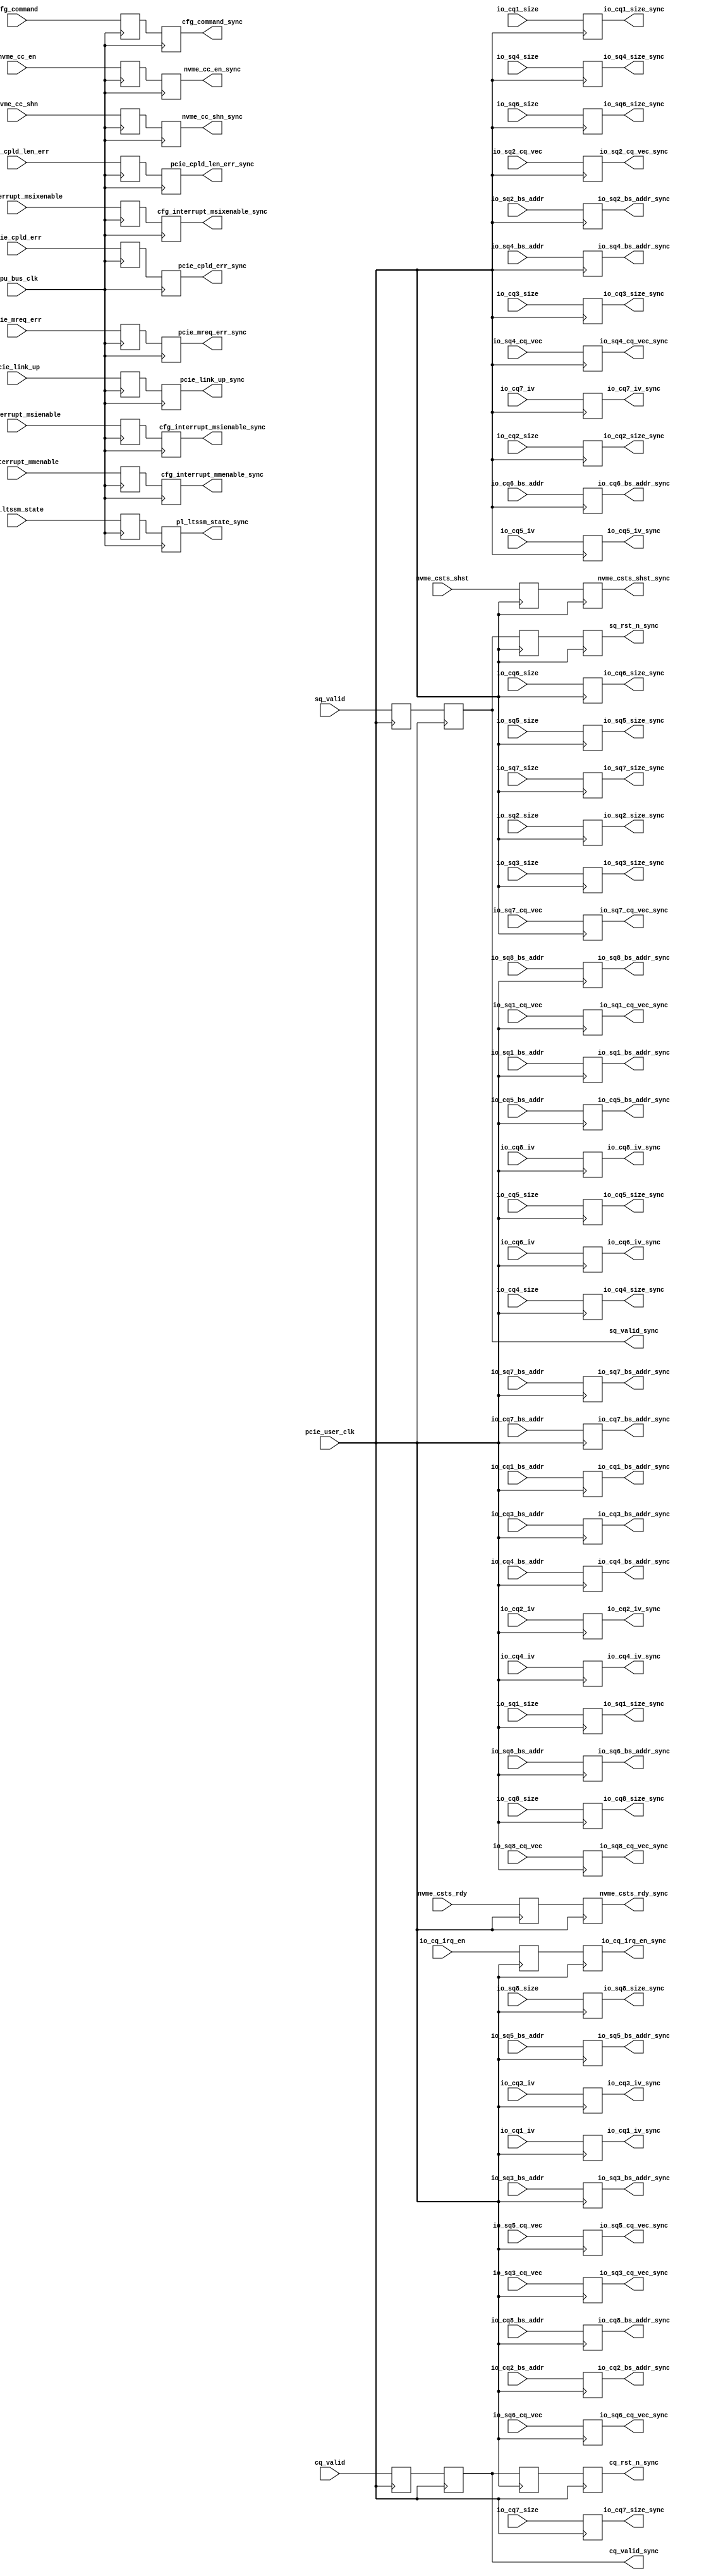

/*
----------------------------------------------------------------------------------
Copyright (c) 2013-2014

  Embedded and Network Computing Lab.
  Open SSD Project
  Hanyang University

All rights reserved.

----------------------------------------------------------------------------------

Redistribution and use in source and binary forms, with or without
modification, are permitted provided that the following conditions are
met:

  1. Redistributions of source code must retain the above copyright
     notice, this list of conditions and the following disclaimer.

  2. Redistributions in binary form must reproduce the above copyright
     notice, this list of conditions and the following disclaimer in the
     documentation and/or other materials provided with the distribution.

  3. All advertising materials mentioning features or use of this source code
     must display the following acknowledgement:
     This product includes source code developed 
     by the Embedded and Network Computing Lab. and the Open SSD Project.

THIS SOFTWARE IS PROVIDED BY THE COPYRIGHT HOLDERS AND CONTRIBUTORS "AS IS" AND
ANY EXPRESS OR IMPLIED WARRANTIES, INCLUDING, BUT NOT LIMITED TO, THE IMPLIED
WARRANTIES OF MERCHANTABILITY AND FITNESS FOR A PARTICULAR PURPOSE ARE
DISCLAIMED. IN NO EVENT SHALL THE COPYRIGHT OWNER OR CONTRIBUTORS BE LIABLE FOR
ANY DIRECT, INDIRECT, INCIDENTAL, SPECIAL, EXEMPLARY, OR CONSEQUENTIAL DAMAGES
(INCLUDING, BUT NOT LIMITED TO, PROCUREMENT OF SUBSTITUTE GOODS OR SERVICES;
LOSS OF USE, DATA, OR PROFITS; OR BUSINESS INTERRUPTION) HOWEVER CAUSED AND
ON ANY THEORY OF LIABILITY, WHETHER IN CONTRACT, STRICT LIABILITY, OR TORT
(INCLUDING NEGLIGENCE OR OTHERWISE) ARISING IN ANY WAY OUT OF THE USE OF THIS
SOFTWARE, EVEN IF ADVISED OF THE POSSIBILITY OF SUCH DAMAGE.

----------------------------------------------------------------------------------

http://enclab.hanyang.ac.kr/
http://www.openssd-project.org/
http://www.hanyang.ac.kr/

----------------------------------------------------------------------------------
*/


`timescale 1ns / 1ps

module reg_cpu_pcie_sync # (
	parameter	C_PCIE_ADDR_WIDTH			= 36
)
(
	input									cpu_bus_clk,

	input	[1:0]							nvme_csts_shst,
	input									nvme_csts_rdy,

	input	[8:0]							sq_valid,
	input	[7:0]							io_sq1_size,
	input	[7:0]							io_sq2_size,
	input	[7:0]							io_sq3_size,
	input	[7:0]							io_sq4_size,
	input	[7:0]							io_sq5_size,
	input	[7:0]							io_sq6_size,
	input	[7:0]							io_sq7_size,
	input	[7:0]							io_sq8_size,
	input	[C_PCIE_ADDR_WIDTH-1:2]			io_sq1_bs_addr,
	input	[C_PCIE_ADDR_WIDTH-1:2]			io_sq2_bs_addr,
	input	[C_PCIE_ADDR_WIDTH-1:2]			io_sq3_bs_addr,
	input	[C_PCIE_ADDR_WIDTH-1:2]			io_sq4_bs_addr,
	input	[C_PCIE_ADDR_WIDTH-1:2]			io_sq5_bs_addr,
	input	[C_PCIE_ADDR_WIDTH-1:2]			io_sq6_bs_addr,
	input	[C_PCIE_ADDR_WIDTH-1:2]			io_sq7_bs_addr,
	input	[C_PCIE_ADDR_WIDTH-1:2]			io_sq8_bs_addr,
	input	[3:0]							io_sq1_cq_vec,
	input	[3:0]							io_sq2_cq_vec,
	input	[3:0]							io_sq3_cq_vec,
	input	[3:0]							io_sq4_cq_vec,
	input	[3:0]							io_sq5_cq_vec,
	input	[3:0]							io_sq6_cq_vec,
	input	[3:0]							io_sq7_cq_vec,
	input	[3:0]							io_sq8_cq_vec,

	input	[8:0]							cq_valid,
	input	[7:0]							io_cq1_size,
	input	[7:0]							io_cq2_size,
	input	[7:0]							io_cq3_size,
	input	[7:0]							io_cq4_size,
	input	[7:0]							io_cq5_size,
	input	[7:0]							io_cq6_size,
	input	[7:0]							io_cq7_size,
	input	[7:0]							io_cq8_size,
	input	[C_PCIE_ADDR_WIDTH-1:2]			io_cq1_bs_addr,
	input	[C_PCIE_ADDR_WIDTH-1:2]			io_cq2_bs_addr,
	input	[C_PCIE_ADDR_WIDTH-1:2]			io_cq3_bs_addr,
	input	[C_PCIE_ADDR_WIDTH-1:2]			io_cq4_bs_addr,
	input	[C_PCIE_ADDR_WIDTH-1:2]			io_cq5_bs_addr,
	input	[C_PCIE_ADDR_WIDTH-1:2]			io_cq6_bs_addr,
	input	[C_PCIE_ADDR_WIDTH-1:2]			io_cq7_bs_addr,
	input	[C_PCIE_ADDR_WIDTH-1:2]			io_cq8_bs_addr,
	input	[8:0]							io_cq_irq_en,
	input	[2:0]							io_cq1_iv,
	input	[2:0]							io_cq2_iv,
	input	[2:0]							io_cq3_iv,
	input	[2:0]							io_cq4_iv,
	input	[2:0]							io_cq5_iv,
	input	[2:0]							io_cq6_iv,
	input	[2:0]							io_cq7_iv,
	input	[2:0]							io_cq8_iv,

	output									pcie_link_up_sync,
	output	[5:0]							pl_ltssm_state_sync,
	output	[15:0]							cfg_command_sync,
	output	[2:0]							cfg_interrupt_mmenable_sync,
	output									cfg_interrupt_msienable_sync,
	output									cfg_interrupt_msixenable_sync,

	output									pcie_mreq_err_sync,
	output									pcie_cpld_err_sync,
	output									pcie_cpld_len_err_sync,

	output									nvme_cc_en_sync,
	output	[1:0]							nvme_cc_shn_sync,

	input									pcie_user_clk,

	input									pcie_link_up,
	input	[5:0]							pl_ltssm_state,
	input	[15:0]							cfg_command,
	input	[2:0]							cfg_interrupt_mmenable,
	input									cfg_interrupt_msienable,
	input									cfg_interrupt_msixenable,

	input									pcie_mreq_err,
	input									pcie_cpld_err,
	input									pcie_cpld_len_err,

	input									nvme_cc_en,
	input	[1:0]							nvme_cc_shn,

	output	[1:0]							nvme_csts_shst_sync,
	output									nvme_csts_rdy_sync,

	output	[8:0]							sq_rst_n_sync,
	output	[8:0]							sq_valid_sync,
	output	[7:0]							io_sq1_size_sync,
	output	[7:0]							io_sq2_size_sync,
	output	[7:0]							io_sq3_size_sync,
	output	[7:0]							io_sq4_size_sync,
	output	[7:0]							io_sq5_size_sync,
	output	[7:0]							io_sq6_size_sync,
	output	[7:0]							io_sq7_size_sync,
	output	[7:0]							io_sq8_size_sync,
	output	[C_PCIE_ADDR_WIDTH-1:2]			io_sq1_bs_addr_sync,
	output	[C_PCIE_ADDR_WIDTH-1:2]			io_sq2_bs_addr_sync,
	output	[C_PCIE_ADDR_WIDTH-1:2]			io_sq3_bs_addr_sync,
	output	[C_PCIE_ADDR_WIDTH-1:2]			io_sq4_bs_addr_sync,
	output	[C_PCIE_ADDR_WIDTH-1:2]			io_sq5_bs_addr_sync,
	output	[C_PCIE_ADDR_WIDTH-1:2]			io_sq6_bs_addr_sync,
	output	[C_PCIE_ADDR_WIDTH-1:2]			io_sq7_bs_addr_sync,
	output	[C_PCIE_ADDR_WIDTH-1:2]			io_sq8_bs_addr_sync,
	output	[3:0]							io_sq1_cq_vec_sync,
	output	[3:0]							io_sq2_cq_vec_sync,
	output	[3:0]							io_sq3_cq_vec_sync,
	output	[3:0]							io_sq4_cq_vec_sync,
	output	[3:0]							io_sq5_cq_vec_sync,
	output	[3:0]							io_sq6_cq_vec_sync,
	output	[3:0]							io_sq7_cq_vec_sync,
	output	[3:0]							io_sq8_cq_vec_sync,

	output	[8:0]							cq_rst_n_sync,
	output	[8:0]							cq_valid_sync,
	output	[7:0]							io_cq1_size_sync,
	output	[7:0]							io_cq2_size_sync,
	output	[7:0]							io_cq3_size_sync,
	output	[7:0]							io_cq4_size_sync,
	output	[7:0]							io_cq5_size_sync,
	output	[7:0]							io_cq6_size_sync,
	output	[7:0]							io_cq7_size_sync,
	output	[7:0]							io_cq8_size_sync,
	output	[C_PCIE_ADDR_WIDTH-1:2]			io_cq1_bs_addr_sync,
	output	[C_PCIE_ADDR_WIDTH-1:2]			io_cq2_bs_addr_sync,
	output	[C_PCIE_ADDR_WIDTH-1:2]			io_cq3_bs_addr_sync,
	output	[C_PCIE_ADDR_WIDTH-1:2]			io_cq4_bs_addr_sync,
	output	[C_PCIE_ADDR_WIDTH-1:2]			io_cq5_bs_addr_sync,
	output	[C_PCIE_ADDR_WIDTH-1:2]			io_cq6_bs_addr_sync,
	output	[C_PCIE_ADDR_WIDTH-1:2]			io_cq7_bs_addr_sync,
	output	[C_PCIE_ADDR_WIDTH-1:2]			io_cq8_bs_addr_sync,
	output	[8:0]							io_cq_irq_en_sync,
	output	[2:0]							io_cq1_iv_sync,
	output	[2:0]							io_cq2_iv_sync,
	output	[2:0]							io_cq3_iv_sync,
	output	[2:0]							io_cq4_iv_sync,
	output	[2:0]							io_cq5_iv_sync,
	output	[2:0]							io_cq6_iv_sync,
	output	[2:0]							io_cq7_iv_sync,
	output	[2:0]							io_cq8_iv_sync
);

(* KEEP = "TRUE", SHIFT_EXTRACT = "NO" *)	reg										r_pcie_link_up;
(* KEEP = "TRUE", SHIFT_EXTRACT = "NO" *)	reg										r_pcie_link_up_d1;
(* KEEP = "TRUE", SHIFT_EXTRACT = "NO" *)	reg		[5:0]							r_pl_ltssm_state;
(* KEEP = "TRUE", SHIFT_EXTRACT = "NO" *)	reg		[5:0]							r_pl_ltssm_state_d1;
(* KEEP = "TRUE", SHIFT_EXTRACT = "NO" *)	reg		[15:0]							r_cfg_command;
(* KEEP = "TRUE", SHIFT_EXTRACT = "NO" *)	reg		[15:0]							r_cfg_command_d1;
(* KEEP = "TRUE", SHIFT_EXTRACT = "NO" *)	reg		[2:0]							r_cfg_interrupt_mmenable;
(* KEEP = "TRUE", SHIFT_EXTRACT = "NO" *)	reg		[2:0]							r_cfg_interrupt_mmenable_d1;
(* KEEP = "TRUE", SHIFT_EXTRACT = "NO" *)	reg										r_cfg_interrupt_msienable;
(* KEEP = "TRUE", SHIFT_EXTRACT = "NO" *)	reg										r_cfg_interrupt_msienable_d1;
(* KEEP = "TRUE", SHIFT_EXTRACT = "NO" *)	reg										r_cfg_interrupt_msixenable;
(* KEEP = "TRUE", SHIFT_EXTRACT = "NO" *)	reg										r_cfg_interrupt_msixenable_d1;

(* KEEP = "TRUE", SHIFT_EXTRACT = "NO" *)	reg										r_pcie_mreq_err;
(* KEEP = "TRUE", SHIFT_EXTRACT = "NO" *)	reg										r_pcie_mreq_err_d1;
(* KEEP = "TRUE", SHIFT_EXTRACT = "NO" *)	reg										r_pcie_cpld_err;
(* KEEP = "TRUE", SHIFT_EXTRACT = "NO" *)	reg										r_pcie_cpld_err_d1;
(* KEEP = "TRUE", SHIFT_EXTRACT = "NO" *)	reg										r_pcie_cpld_len_err;
(* KEEP = "TRUE", SHIFT_EXTRACT = "NO" *)	reg										r_pcie_cpld_len_err_d1;

(* KEEP = "TRUE", SHIFT_EXTRACT = "NO" *)	reg										r_nvme_cc_en;
(* KEEP = "TRUE", SHIFT_EXTRACT = "NO" *)	reg										r_nvme_cc_en_d1;
(* KEEP = "TRUE", SHIFT_EXTRACT = "NO" *)	reg		[1:0]							r_nvme_cc_shn;
(* KEEP = "TRUE", SHIFT_EXTRACT = "NO" *)	reg		[1:0]							r_nvme_cc_shn_d1;

(* KEEP = "TRUE", SHIFT_EXTRACT = "NO" *)	reg		[1:0]							r_nvme_csts_shst;
(* KEEP = "TRUE", SHIFT_EXTRACT = "NO" *)	reg		[1:0]							r_nvme_csts_shst_d1;
(* KEEP = "TRUE", SHIFT_EXTRACT = "NO" *)	reg										r_nvme_csts_rdy;
(* KEEP = "TRUE", SHIFT_EXTRACT = "NO" *)	reg										r_nvme_csts_rdy_d1;

(* KEEP = "TRUE", SHIFT_EXTRACT = "NO" *)	reg		[8:0]							r_sq_valid;
(* KEEP = "TRUE", SHIFT_EXTRACT = "NO" *)	reg		[8:0]							r_sq_valid_d1;
(* KEEP = "TRUE", SHIFT_EXTRACT = "NO" *)	reg		[8:0]							r_sq_valid_d2;
(* KEEP = "TRUE", SHIFT_EXTRACT = "NO" *)	reg		[8:0]							r_sq_valid_d3;
(* KEEP = "TRUE", SHIFT_EXTRACT = "NO" *)	reg		[7:0]							r_io_sq1_size;
(* KEEP = "TRUE", SHIFT_EXTRACT = "NO" *)	reg		[7:0]							r_io_sq2_size;
(* KEEP = "TRUE", SHIFT_EXTRACT = "NO" *)	reg		[7:0]							r_io_sq3_size;
(* KEEP = "TRUE", SHIFT_EXTRACT = "NO" *)	reg		[7:0]							r_io_sq4_size;
(* KEEP = "TRUE", SHIFT_EXTRACT = "NO" *)	reg		[7:0]							r_io_sq5_size;
(* KEEP = "TRUE", SHIFT_EXTRACT = "NO" *)	reg		[7:0]							r_io_sq6_size;
(* KEEP = "TRUE", SHIFT_EXTRACT = "NO" *)	reg		[7:0]							r_io_sq7_size;
(* KEEP = "TRUE", SHIFT_EXTRACT = "NO" *)	reg		[7:0]							r_io_sq8_size;
(* KEEP = "TRUE", SHIFT_EXTRACT = "NO" *)	reg		[C_PCIE_ADDR_WIDTH-1:2]			r_io_sq1_bs_addr;
(* KEEP = "TRUE", SHIFT_EXTRACT = "NO" *)	reg		[C_PCIE_ADDR_WIDTH-1:2]			r_io_sq2_bs_addr;
(* KEEP = "TRUE", SHIFT_EXTRACT = "NO" *)	reg		[C_PCIE_ADDR_WIDTH-1:2]			r_io_sq3_bs_addr;
(* KEEP = "TRUE", SHIFT_EXTRACT = "NO" *)	reg		[C_PCIE_ADDR_WIDTH-1:2]			r_io_sq4_bs_addr;
(* KEEP = "TRUE", SHIFT_EXTRACT = "NO" *)	reg		[C_PCIE_ADDR_WIDTH-1:2]			r_io_sq5_bs_addr;
(* KEEP = "TRUE", SHIFT_EXTRACT = "NO" *)	reg		[C_PCIE_ADDR_WIDTH-1:2]			r_io_sq6_bs_addr;
(* KEEP = "TRUE", SHIFT_EXTRACT = "NO" *)	reg		[C_PCIE_ADDR_WIDTH-1:2]			r_io_sq7_bs_addr;
(* KEEP = "TRUE", SHIFT_EXTRACT = "NO" *)	reg		[C_PCIE_ADDR_WIDTH-1:2]			r_io_sq8_bs_addr;
(* KEEP = "TRUE", SHIFT_EXTRACT = "NO" *)	reg		[3:0]							r_io_sq1_cq_vec;
(* KEEP = "TRUE", SHIFT_EXTRACT = "NO" *)	reg		[3:0]							r_io_sq2_cq_vec;
(* KEEP = "TRUE", SHIFT_EXTRACT = "NO" *)	reg		[3:0]							r_io_sq3_cq_vec;
(* KEEP = "TRUE", SHIFT_EXTRACT = "NO" *)	reg		[3:0]							r_io_sq4_cq_vec;
(* KEEP = "TRUE", SHIFT_EXTRACT = "NO" *)	reg		[3:0]							r_io_sq5_cq_vec;
(* KEEP = "TRUE", SHIFT_EXTRACT = "NO" *)	reg		[3:0]							r_io_sq6_cq_vec;
(* KEEP = "TRUE", SHIFT_EXTRACT = "NO" *)	reg		[3:0]							r_io_sq7_cq_vec;
(* KEEP = "TRUE", SHIFT_EXTRACT = "NO" *)	reg		[3:0]							r_io_sq8_cq_vec;

(* KEEP = "TRUE", SHIFT_EXTRACT = "NO" *)	reg		[8:0]							r_cq_valid;
(* KEEP = "TRUE", SHIFT_EXTRACT = "NO" *)	reg		[8:0]							r_cq_valid_d1;
(* KEEP = "TRUE", SHIFT_EXTRACT = "NO" *)	reg		[8:0]							r_cq_valid_d2;
(* KEEP = "TRUE", SHIFT_EXTRACT = "NO" *)	reg		[8:0]							r_cq_valid_d3;
(* KEEP = "TRUE", SHIFT_EXTRACT = "NO" *)	reg		[7:0]							r_io_cq1_size;
(* KEEP = "TRUE", SHIFT_EXTRACT = "NO" *)	reg		[7:0]							r_io_cq2_size;
(* KEEP = "TRUE", SHIFT_EXTRACT = "NO" *)	reg		[7:0]							r_io_cq3_size;
(* KEEP = "TRUE", SHIFT_EXTRACT = "NO" *)	reg		[7:0]							r_io_cq4_size;
(* KEEP = "TRUE", SHIFT_EXTRACT = "NO" *)	reg		[7:0]							r_io_cq5_size;
(* KEEP = "TRUE", SHIFT_EXTRACT = "NO" *)	reg		[7:0]							r_io_cq6_size;
(* KEEP = "TRUE", SHIFT_EXTRACT = "NO" *)	reg		[7:0]							r_io_cq7_size;
(* KEEP = "TRUE", SHIFT_EXTRACT = "NO" *)	reg		[7:0]							r_io_cq8_size;
(* KEEP = "TRUE", SHIFT_EXTRACT = "NO" *)	reg		[C_PCIE_ADDR_WIDTH-1:2]			r_io_cq1_bs_addr;
(* KEEP = "TRUE", SHIFT_EXTRACT = "NO" *)	reg		[C_PCIE_ADDR_WIDTH-1:2]			r_io_cq2_bs_addr;
(* KEEP = "TRUE", SHIFT_EXTRACT = "NO" *)	reg		[C_PCIE_ADDR_WIDTH-1:2]			r_io_cq3_bs_addr;
(* KEEP = "TRUE", SHIFT_EXTRACT = "NO" *)	reg		[C_PCIE_ADDR_WIDTH-1:2]			r_io_cq4_bs_addr;
(* KEEP = "TRUE", SHIFT_EXTRACT = "NO" *)	reg		[C_PCIE_ADDR_WIDTH-1:2]			r_io_cq5_bs_addr;
(* KEEP = "TRUE", SHIFT_EXTRACT = "NO" *)	reg		[C_PCIE_ADDR_WIDTH-1:2]			r_io_cq6_bs_addr;
(* KEEP = "TRUE", SHIFT_EXTRACT = "NO" *)	reg		[C_PCIE_ADDR_WIDTH-1:2]			r_io_cq7_bs_addr;
(* KEEP = "TRUE", SHIFT_EXTRACT = "NO" *)	reg		[C_PCIE_ADDR_WIDTH-1:2]			r_io_cq8_bs_addr;
(* KEEP = "TRUE", SHIFT_EXTRACT = "NO" *)	reg		[8:0]							r_io_cq_irq_en;
(* KEEP = "TRUE", SHIFT_EXTRACT = "NO" *)	reg		[8:0]							r_io_cq_irq_en_d1;
(* KEEP = "TRUE", SHIFT_EXTRACT = "NO" *)	reg		[2:0]							r_io_cq1_iv;
(* KEEP = "TRUE", SHIFT_EXTRACT = "NO" *)	reg		[2:0]							r_io_cq2_iv;
(* KEEP = "TRUE", SHIFT_EXTRACT = "NO" *)	reg		[2:0]							r_io_cq3_iv;
(* KEEP = "TRUE", SHIFT_EXTRACT = "NO" *)	reg		[2:0]							r_io_cq4_iv;
(* KEEP = "TRUE", SHIFT_EXTRACT = "NO" *)	reg		[2:0]							r_io_cq5_iv;
(* KEEP = "TRUE", SHIFT_EXTRACT = "NO" *)	reg		[2:0]							r_io_cq6_iv;
(* KEEP = "TRUE", SHIFT_EXTRACT = "NO" *)	reg		[2:0]							r_io_cq7_iv;
(* KEEP = "TRUE", SHIFT_EXTRACT = "NO" *)	reg		[2:0]							r_io_cq8_iv;


assign pcie_link_up_sync = r_pcie_link_up_d1;
assign pl_ltssm_state_sync = r_pl_ltssm_state_d1;
assign cfg_command_sync = r_cfg_command_d1;
assign cfg_interrupt_mmenable_sync = r_cfg_interrupt_mmenable_d1;
assign cfg_interrupt_msienable_sync = r_cfg_interrupt_msienable_d1;
assign cfg_interrupt_msixenable_sync = r_cfg_interrupt_msixenable_d1;

assign pcie_mreq_err_sync = r_pcie_mreq_err_d1;
assign pcie_cpld_err_sync = r_pcie_cpld_err_d1;
assign pcie_cpld_len_err_sync = r_pcie_cpld_len_err_d1;


assign nvme_cc_en_sync = r_nvme_cc_en_d1;
assign nvme_cc_shn_sync = r_nvme_cc_shn_d1;

assign nvme_csts_shst_sync = r_nvme_csts_shst_d1;
assign nvme_csts_rdy_sync = r_nvme_csts_rdy_d1;

assign sq_rst_n_sync = r_sq_valid_d3;
assign sq_valid_sync = r_sq_valid_d1;
assign io_sq1_size_sync = r_io_sq1_size;
assign io_sq2_size_sync = r_io_sq2_size;
assign io_sq3_size_sync = r_io_sq3_size;
assign io_sq4_size_sync = r_io_sq4_size;
assign io_sq5_size_sync = r_io_sq5_size;
assign io_sq6_size_sync = r_io_sq6_size;
assign io_sq7_size_sync = r_io_sq7_size;
assign io_sq8_size_sync = r_io_sq8_size;
assign io_sq1_bs_addr_sync = r_io_sq1_bs_addr;
assign io_sq2_bs_addr_sync = r_io_sq2_bs_addr;
assign io_sq3_bs_addr_sync = r_io_sq3_bs_addr;
assign io_sq4_bs_addr_sync = r_io_sq4_bs_addr;
assign io_sq5_bs_addr_sync = r_io_sq5_bs_addr;
assign io_sq6_bs_addr_sync = r_io_sq6_bs_addr;
assign io_sq7_bs_addr_sync = r_io_sq7_bs_addr;
assign io_sq8_bs_addr_sync = r_io_sq8_bs_addr;
assign io_sq1_cq_vec_sync = r_io_sq1_cq_vec;
assign io_sq2_cq_vec_sync = r_io_sq2_cq_vec;
assign io_sq3_cq_vec_sync = r_io_sq3_cq_vec;
assign io_sq4_cq_vec_sync = r_io_sq4_cq_vec;
assign io_sq5_cq_vec_sync = r_io_sq5_cq_vec;
assign io_sq6_cq_vec_sync = r_io_sq6_cq_vec;
assign io_sq7_cq_vec_sync = r_io_sq7_cq_vec;
assign io_sq8_cq_vec_sync = r_io_sq8_cq_vec;

assign cq_rst_n_sync = r_cq_valid_d3;
assign cq_valid_sync = r_cq_valid_d1;
assign io_cq1_size_sync = r_io_cq1_size;
assign io_cq2_size_sync = r_io_cq2_size;
assign io_cq3_size_sync = r_io_cq3_size;
assign io_cq4_size_sync = r_io_cq4_size;
assign io_cq5_size_sync = r_io_cq5_size;
assign io_cq6_size_sync = r_io_cq6_size;
assign io_cq7_size_sync = r_io_cq7_size;
assign io_cq8_size_sync = r_io_cq8_size;
assign io_cq1_bs_addr_sync = r_io_cq1_bs_addr;
assign io_cq2_bs_addr_sync = r_io_cq2_bs_addr;
assign io_cq3_bs_addr_sync = r_io_cq3_bs_addr;
assign io_cq4_bs_addr_sync = r_io_cq4_bs_addr;
assign io_cq5_bs_addr_sync = r_io_cq5_bs_addr;
assign io_cq6_bs_addr_sync = r_io_cq6_bs_addr;
assign io_cq7_bs_addr_sync = r_io_cq7_bs_addr;
assign io_cq8_bs_addr_sync = r_io_cq8_bs_addr;
assign io_cq_irq_en_sync = r_io_cq_irq_en_d1;
assign io_cq1_iv_sync = r_io_cq1_iv;
assign io_cq2_iv_sync = r_io_cq2_iv;
assign io_cq3_iv_sync = r_io_cq3_iv;
assign io_cq4_iv_sync = r_io_cq4_iv;
assign io_cq5_iv_sync = r_io_cq5_iv;
assign io_cq6_iv_sync = r_io_cq6_iv;
assign io_cq7_iv_sync = r_io_cq7_iv;
assign io_cq8_iv_sync = r_io_cq8_iv;

always @ (posedge cpu_bus_clk)
begin

	r_pcie_link_up <= pcie_link_up;
	r_pcie_link_up_d1 <= r_pcie_link_up;
	r_pl_ltssm_state <= pl_ltssm_state;
	r_pl_ltssm_state_d1 <= r_pl_ltssm_state;
	r_cfg_command <= cfg_command;
	r_cfg_command_d1 <= r_cfg_command;
	r_cfg_interrupt_mmenable <= cfg_interrupt_mmenable;
	r_cfg_interrupt_mmenable_d1 <= r_cfg_interrupt_mmenable;
	r_cfg_interrupt_msienable <= cfg_interrupt_msienable;
	r_cfg_interrupt_msienable_d1 <= r_cfg_interrupt_msienable;
	r_cfg_interrupt_msixenable <= cfg_interrupt_msixenable;
	r_cfg_interrupt_msixenable_d1 <= r_cfg_interrupt_msixenable;

	r_pcie_mreq_err <= pcie_mreq_err;
	r_pcie_mreq_err_d1 <= r_pcie_mreq_err;
	r_pcie_cpld_err <= pcie_cpld_err;
	r_pcie_cpld_err_d1 <= r_pcie_cpld_err;
	r_pcie_cpld_len_err <= pcie_cpld_len_err;
	r_pcie_cpld_len_err_d1 <= r_pcie_cpld_len_err;

	r_nvme_cc_en <= nvme_cc_en;
	r_nvme_cc_en_d1 <= r_nvme_cc_en;
	r_nvme_cc_shn <= nvme_cc_shn;
	r_nvme_cc_shn_d1 <= r_nvme_cc_shn;
end

always @ (posedge pcie_user_clk)
begin
	r_nvme_csts_shst <= nvme_csts_shst;
	r_nvme_csts_shst_d1 <= r_nvme_csts_shst;

	r_nvme_csts_rdy <= nvme_csts_rdy;
	r_nvme_csts_rdy_d1 <= r_nvme_csts_rdy;

	r_sq_valid <= sq_valid;
	r_sq_valid_d1 <= r_sq_valid;
	r_sq_valid_d2 <= r_sq_valid_d1;
	r_sq_valid_d3 <= r_sq_valid_d2;
	r_io_sq1_size <= io_sq1_size;
	r_io_sq2_size <= io_sq2_size;
	r_io_sq3_size <= io_sq3_size;
	r_io_sq4_size <= io_sq4_size;
	r_io_sq5_size <= io_sq5_size;
	r_io_sq6_size <= io_sq6_size;
	r_io_sq7_size <= io_sq7_size;
	r_io_sq8_size <= io_sq8_size;
	r_io_sq1_bs_addr <= io_sq1_bs_addr;
	r_io_sq2_bs_addr <= io_sq2_bs_addr;
	r_io_sq3_bs_addr <= io_sq3_bs_addr;
	r_io_sq4_bs_addr <= io_sq4_bs_addr;
	r_io_sq5_bs_addr <= io_sq5_bs_addr;
	r_io_sq6_bs_addr <= io_sq6_bs_addr;
	r_io_sq7_bs_addr <= io_sq7_bs_addr;
	r_io_sq8_bs_addr <= io_sq8_bs_addr;
	r_io_sq1_cq_vec <= io_sq1_cq_vec;
	r_io_sq2_cq_vec <= io_sq2_cq_vec;
	r_io_sq3_cq_vec <= io_sq3_cq_vec;
	r_io_sq4_cq_vec <= io_sq4_cq_vec;
	r_io_sq5_cq_vec <= io_sq5_cq_vec;
	r_io_sq6_cq_vec <= io_sq6_cq_vec;
	r_io_sq7_cq_vec <= io_sq7_cq_vec;
	r_io_sq8_cq_vec <= io_sq8_cq_vec;

	r_cq_valid <= cq_valid;
	r_cq_valid_d1 <= r_cq_valid;
	r_cq_valid_d2 <= r_cq_valid_d1;
	r_cq_valid_d3 <= r_cq_valid_d2;
	r_io_cq1_size <= io_cq1_size;
	r_io_cq2_size <= io_cq2_size;
	r_io_cq3_size <= io_cq3_size;
	r_io_cq4_size <= io_cq4_size;
	r_io_cq5_size <= io_cq5_size;
	r_io_cq6_size <= io_cq6_size;
	r_io_cq7_size <= io_cq7_size;
	r_io_cq8_size <= io_cq8_size;
	r_io_cq1_bs_addr <= io_cq1_bs_addr;
	r_io_cq2_bs_addr <= io_cq2_bs_addr;
	r_io_cq3_bs_addr <= io_cq3_bs_addr;
	r_io_cq4_bs_addr <= io_cq4_bs_addr;
	r_io_cq5_bs_addr <= io_cq5_bs_addr;
	r_io_cq6_bs_addr <= io_cq6_bs_addr;
	r_io_cq7_bs_addr <= io_cq7_bs_addr;
	r_io_cq8_bs_addr <= io_cq8_bs_addr;
	r_io_cq_irq_en <= io_cq_irq_en;
	r_io_cq_irq_en_d1 <= r_io_cq_irq_en;
	r_io_cq1_iv <= io_cq1_iv;
	r_io_cq2_iv <= io_cq2_iv;
	r_io_cq3_iv <= io_cq3_iv;
	r_io_cq4_iv <= io_cq4_iv;
	r_io_cq5_iv <= io_cq5_iv;
	r_io_cq6_iv <= io_cq6_iv;
	r_io_cq7_iv <= io_cq7_iv;
	r_io_cq8_iv <= io_cq8_iv;
end


endmodule